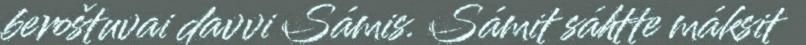
beroštuvai davvi Sámis. Sámit sáhtte máksit